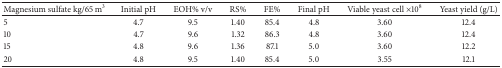
| Magnesium sulfate kg/65 m3 | Initial pH | EOH% v/v | RS% | FE% | Final pH | Viable yeast cell ×108 | Yeast yield (g/L) |
 | --- | --- | --- | --- | --- | --- | --- | --- |
 | 5 | 4.7 | 9.5 | 1.40 | 85.4 | 4.8 | 3.60 | 12.4 |
 | 10 | 4.7 | 9.6 | 1.32 | 86.3 | 4.8 | 3.60 | 12.4 |
 | 15 | 4.8 | 9.6 | 1.36 | 87.1 | 5.0 | 3.60 | 12.2 |
 | 20 | 4.8 | 9.5 | 1.40 | 85.4 | 5.0 | 3.55 | 12.1 |